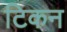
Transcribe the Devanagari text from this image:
टिकन